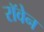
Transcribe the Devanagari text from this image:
रॉवेन